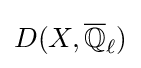
D(X,{\overline {\mathbb {Q} }}_{\ell })